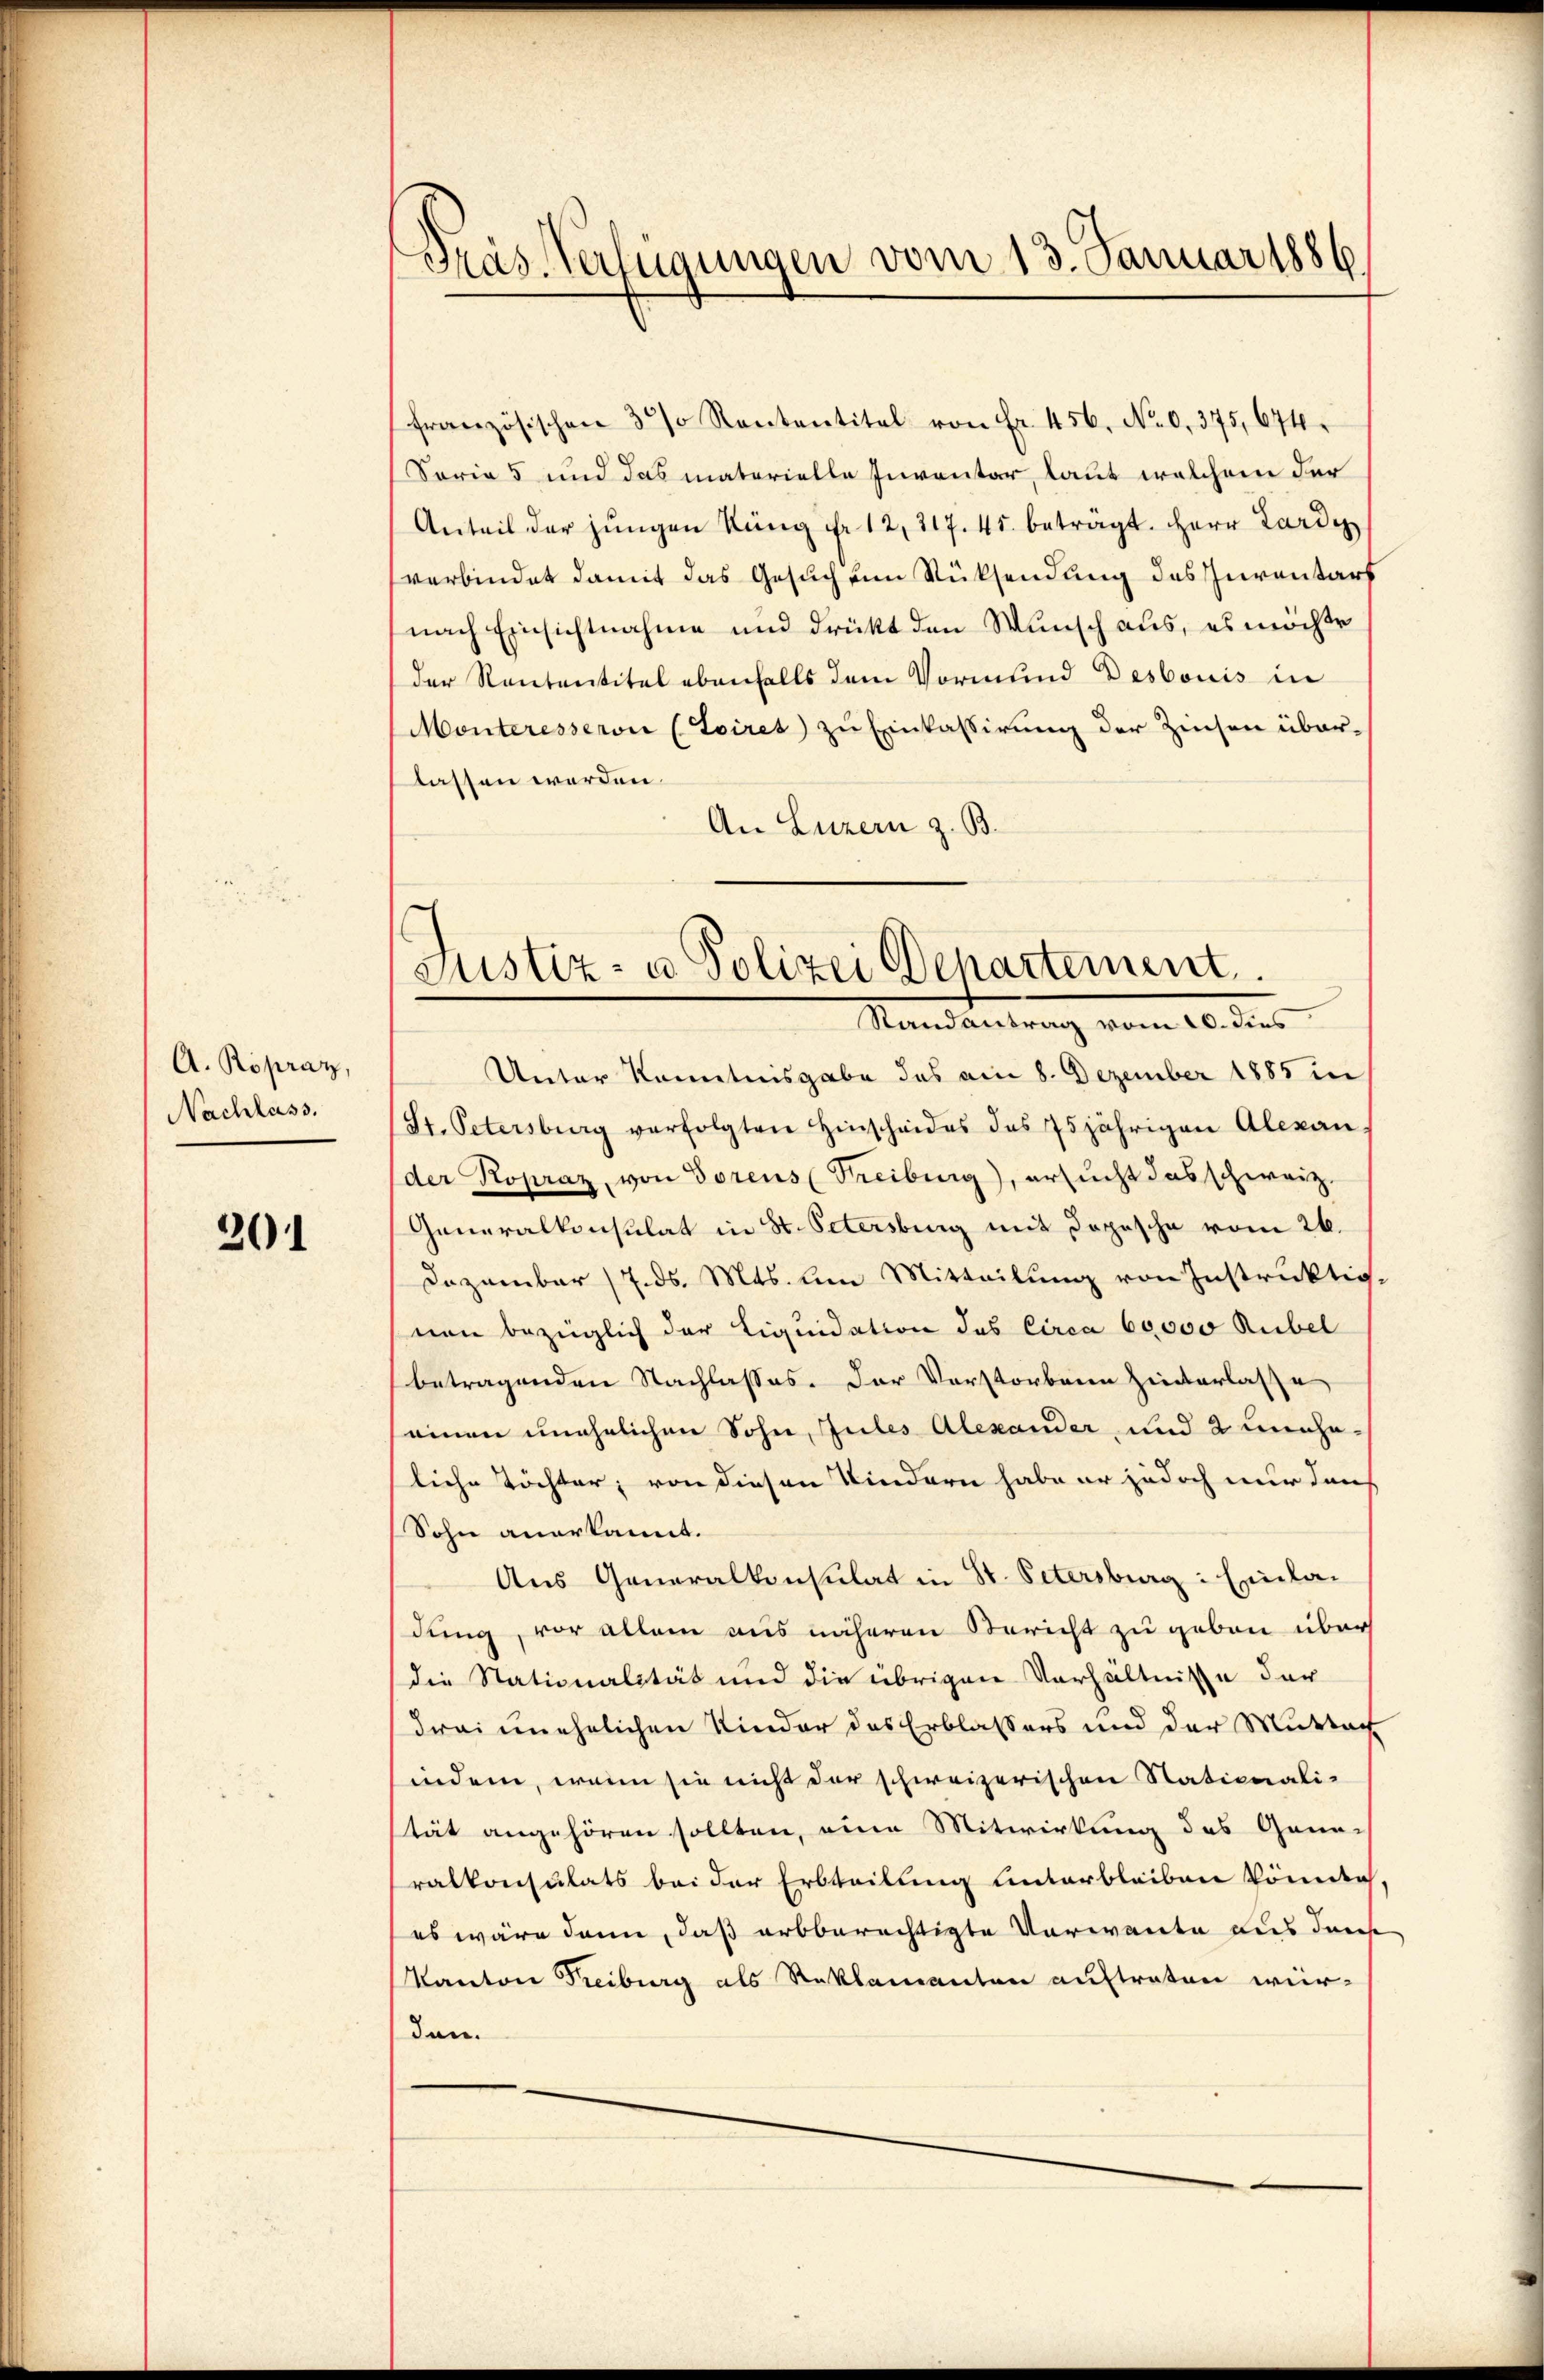
A. Röpraz,
Nachlass.

201

Pras Verfügungen vom 13. Januar 1886

französischen 30% Kantantitel von Fr. 456. No 0. 375, 674.
Soria 5 und das materielle Inventar, laut welchem der
Anteil der jungen Rang fr. 12, 217. 41. beträgt. Herr Lardy
verbindet damit das Gesuch um Rücksendung des Inventars
nach Einsichtnahme und drückt den Wunsch aus, es möchte
der Rententitel ebenfalls dem Vormund Desbouis in
Monteresservi (toiret zu Einkassirung der Zinsen über-
lassen worden.
An Luzern z. B.
Unter Kenntnisgabe das am 8. Dezember 1885 in
St. Petersburg verfolgten Hinscheides des 75jährigen Alexan
der Kopraz, von Torens (Freiburg), ersŭcht das schweiz.
Generalkonsulat in St. Petersburg mit Dopische vom 26.
Dezember 17. ds. Mts. den Mitteilŭng von Instruktio-
nen bezüglich der Liquidation des Circa 60000 Rubel
betragenden Nachlasses. Der Vorstorbene Hinterlasse
einen unehelichen Sohn, Jules Alexander, und 2 unehe-
liche Töchter; von diesen Kindern habe er jedoch nur den
Sohn anerkannt.
Aus Generalkonsulat in St. Petersburg: Einla-
dung, vor allem aus näheren Bericht zu geben über
die Stationalität und die übrigen Verhältnisse der
drei unehelichen Kinder des Erblassers und der Muttach
indem, wenn sie nicht der schweizerischen Stationalität angehören sollten, eine Mitwirkung des Gann-
ralkonsulats bei der Erbteilung unterbleiben könnte
es wäre dann, daß arbberechtigte Verwante aus der
Kanton Treiburg als Reklamanten auftraten wür-
den.

c
Justiz- u Polizei Departement.
Randantrag vom 20. dies